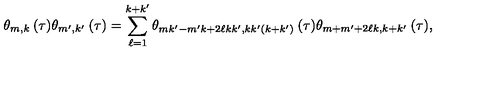
\theta _ { m , k } \: ( \tau ) \theta _ { m ^ { \prime } , k ^ { \prime } } \: ( \tau ) = \sum _ { \ell = 1 } ^ { k + k ^ { \prime } } \theta _ { m k ^ { \prime } - m ^ { \prime } k + 2 \ell k k ^ { \prime } , k k ^ { \prime } ( k + k ^ { \prime } ) } \: ( \tau ) \theta _ { m + m ^ { \prime } + 2 \ell k , k + k ^ { \prime } } \: ( \tau ) ,